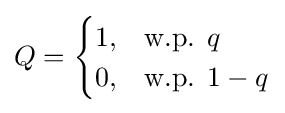
Q={\begin{cases}1,&{\text{w.p. }}q\\0,&{\text{w.p. }}1-q\end{cases}}